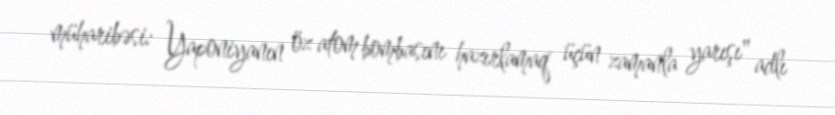
müharibəsi: Yaponiyanın öz atom bombasını hazırlamaq üçün zamanla yarışı" adlı